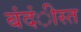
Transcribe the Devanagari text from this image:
बंदंीस्त